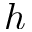
h